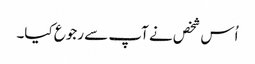
اُس شخص نے آپ سے رجوع کیا۔